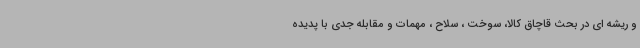
و ریشه ای در بحث قاچاق کالا، سوخت ، سلاح ، مهمات و مقابله جدی با پدیده